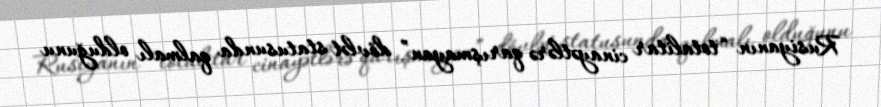
Rusiyanın “totalitar cinayətlərə qarışmayan” dövlət statusunda qalmalı olduğunu